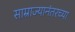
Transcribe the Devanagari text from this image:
साम्राज्यानंतरच्या